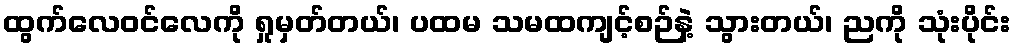
ထွက်လေဝင်လေကို ရှုမှတ်တယ်၊ ပထမ သမထကျင့်စဉ်နဲ့ သွားတယ်၊ ညကို သုံးပိုင်း